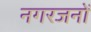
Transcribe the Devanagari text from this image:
नगरजनों